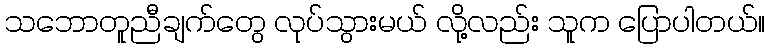
သဘောတူညီချက်တွေ လုပ်သွားမယ် လို့လည်း သူက ပြောပါတယ်။